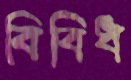
বিবিধ